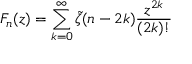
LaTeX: F _ { n } ( z ) = \sum _ { k = 0 } ^ { \infty } \tilde { \zeta } ( n - 2 k ) \frac { z ^ { 2 k } } { ( 2 k ) ! }